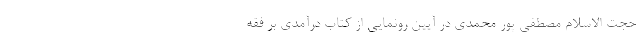
حجت الاسلام مصطفی پور محمدی در آیین رونمایی از کتاب درآمدی بر فقه